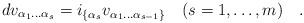
LaTeX: \begin{align*}d v_{\alpha_1 \dots \alpha_s} =i_{\{\alpha_s} v_{\alpha_1 \dots \alpha_{s-1}\}}\quad (s=1,\dots, m)\quad.\end{align*}